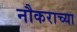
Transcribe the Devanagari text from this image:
नौकराच्या